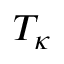
T _ { \kappa }